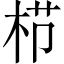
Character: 栉